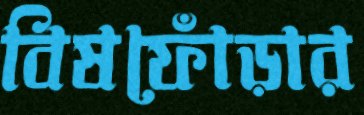
বিষফোঁড়ার